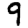
Digit: 9